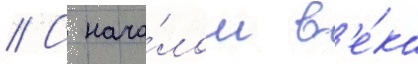
// С нача́лом в'е́ка